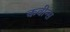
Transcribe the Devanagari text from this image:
कवीन्स